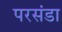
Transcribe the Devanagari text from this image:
परसंडा